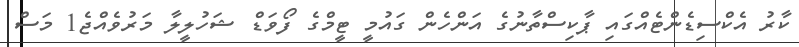
ކާރު އެކްސިޑެންޓެއްގައި ޕާކިސްތާނުގެ އަންހެން ގައުމީ ޓީމްގެ ފޯވަޑް ޝަހުލީލާ މަރުވެއްޖެ1 މަސް